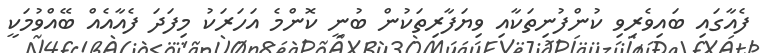
ފެއާގައި ބައިވެރިވި ކުންފުނިތަކާއި ވިޔަފާރިތަކުން ބުނީ ކޮންމެ އަހަރަކު މިފަދަ ފެއާއެއް ބޭއްވުމަކީ